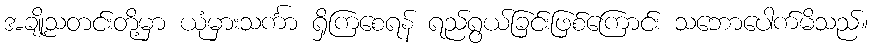
အချို့သတင်းတို့မှာ ယုံမှားသင်္ကာ ရှိကြစေရန် ရည်ရွယ်ခြင်းဖြစ်ကြောင်း သဘောပေါက်မိသည်။